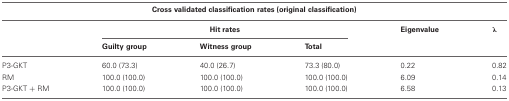
| <COLSPAN=6> Cross validated classification rates (original classification) |
 | --- | --- | --- | --- | --- | --- |
 |  | <COLSPAN=3> Hit rates | Eigenvalue | λ |
 |  | Guilty group | Witness group | Total |  |  |
 | P3-GKT | 60.0 (73.3) | 40.0 (26.7) | 73.3 (80.0) | 0.22 | 0.82 |
 | RM | 100.0 (100.0) | 100.0 (100.0) | 100.0 (100.0) | 6.09 | 0.14 |
 | P3-GKT + RM | 100.0 (100.0) | 100.0 (100.0) | 100.0 (100.0) | 6.58 | 0.13 |